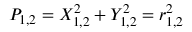
P _ { 1 , 2 } = X _ { 1 , 2 } ^ { 2 } + Y _ { 1 , 2 } ^ { 2 } = r _ { 1 , 2 } ^ { 2 }